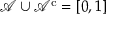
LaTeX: { \mathcal { A } } \cup { \mathcal { A } } ^ { \mathrm { c } } = [ 0 , 1 ]